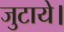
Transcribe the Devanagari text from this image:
जुटाये।